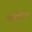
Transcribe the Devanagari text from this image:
माहितीवजा